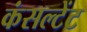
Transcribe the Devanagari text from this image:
कंसल्‍टेंट